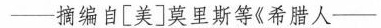
——摘编自[美]莫里斯等《希腊人——